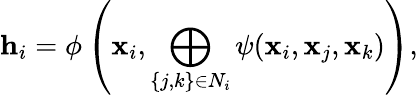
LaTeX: \mathbf{h}_{i}=\phi\left(\mathbf{x}_{i},\bigoplus_{\{ j,k\} \in N_{i}}\psi(\mathbf{x}_{i},\mathbf{x}_{j},\mathbf{x}_{k})\right),